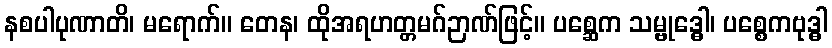
နစပါပုဏာတိ၊ မရောက်။ တေန၊ ထိုအရဟတ္တမဂ်ဉာဏ်ဖြင့်။ ပစ္ဆေက သမ္ဗုဒ္ဓေါ၊ ပစ္စေကဗုဒ္ဓါ